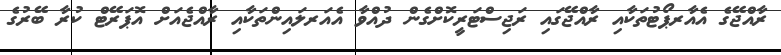
ރާއްޖޭގެ އެއާރޕޯޓުތަކާއި ރާއްޖޭގައި ރަޖިސްޓަރީކޮށްގެން ދުއްވާ އެއަރލައިންތަކާއި ރާއްޖެއަށް އޮޕަރޭޓް ކުރާ ބޭރުގެ